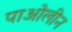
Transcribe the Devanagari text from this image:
पाओलीन